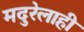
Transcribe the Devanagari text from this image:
मदुरेलाही